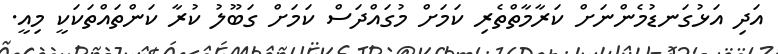
އަދި އަޅުގަނޑުމެންނަށް ކަރާމާތްތެރި ކަމަށް މުގައްދަސް ކަމަށް ގަބޫލު ކުރާ ކަންތައްތަކަކީ މިއީ.